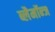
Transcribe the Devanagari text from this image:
ब्लैमॉन्ज